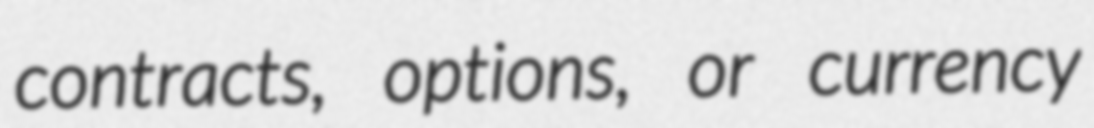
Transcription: contracts, options, or currency